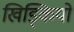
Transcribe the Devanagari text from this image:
खिड्कियों